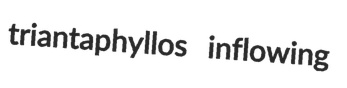
triantaphyllos inflowing